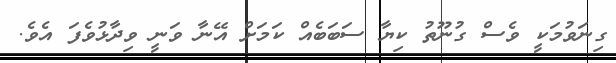
ގިނަވުމަކީ ވެސް ގުނޫތު ކިޔާ ސަބަބެއް ކަމަށް އޭނާ ވަނީ ވިދާޅުވެފަ އެވެ.